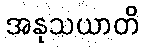
အနုသယာတိ